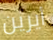
أيرين